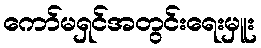
ကော်မရှင်အတွင်းရေးမှူး